Medical and sanitary report of the native army of Madras for the year
Year: 1878
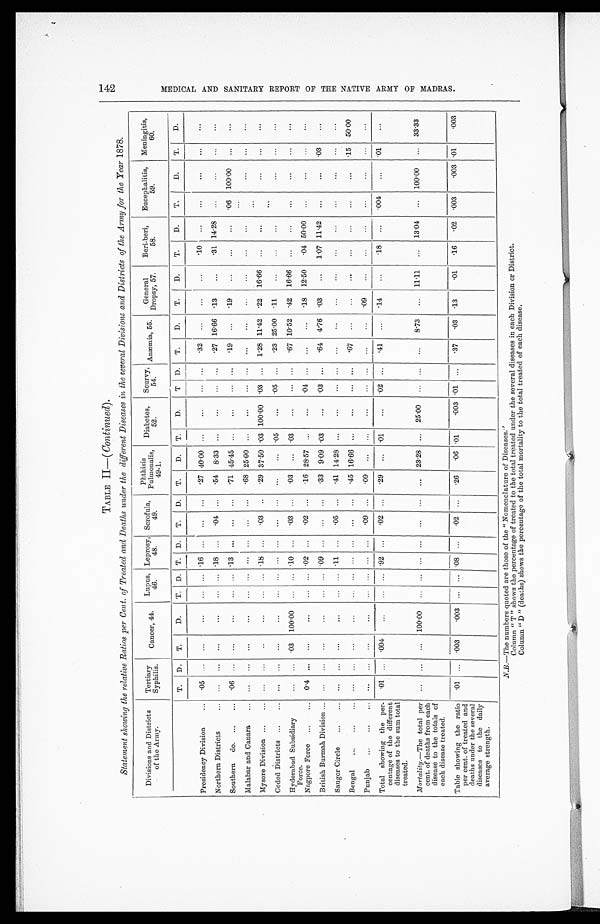
TABLE II—( Continued).
Statement showing the relative Ratios per Cent. of Treated and Deaths under the different Diseases in the several Divisions and Districts of the Army for the Year 1878.
Divisions and Districts
of the Army.
Tertiary
Syphilis.
Cancer, 44.
Lupus,
46.
Leprosy,
48.
Scrofula,
49.
Phthisis
Pulmonalis
49-1.
Diabetes,
52.
Scurvy,
54.
Anæmia, 55.
General
Dropsy, 57.
Beri-beri,
58.
Eucephalitis,
59.
Meningitis,
60.
T. D.
T.
D.
T. D. T. D.
T.
D.
T.
D.
T.
D.
T. D.
T.
D.
T.
D.
T.
D.
T.
D.
T.
D.
Presidency Division . . .
. 0 5
. . .
. . .
. . .
. . .
. . . .16
. . .
. . .
. . .
.27 40.00
. . .
. . .
. . .
. . .
. 3 2 . . .
. . .
. . .
. 1 0
. . .
. . .
. . .
. . .
. . .
Northern Districts . . .
. . .
. . .
. . .
. . .
. . .
. . . .18
. . .
.04
. . .
.54 8.33
. . .
. . .
. . . . . .
. 2 7 16.66 .13
. . .
31 14.28
. . .
. . .
. . .
. . .
Southern do.
. . . .06
. . .
. . .
. . .
. . .
. . . .13
. . .
. . .
. . .
. 7 1
4 5 . 4 5
. . .
. . .
. . .
. . .
.19. . .
. 1 9
. . . . . .
. . .
.06 100.00
. . .
. . .
Malabar and Canara . . .
. . .
. . .
. . .
. . .
. . .
. . . . . .
. . .
. . .
. . .
. 6 8 25.00
. . .
. . .
. . .
. . .
. . .. . .
. . .
. . .
. . .
. . .
. . .
. . . . . .
. . .
Mysore Division . . .
. . .
. . .
. . .
. . .
. . .
. . . .18
. . .
.03
. . .
.29 37.50 .03 100.00 .03
. . . 1.28 11.42 .22 16.66
. . .
. . .
. . .
. . .
. . .
. . .
Ceded Districts . . .
. . .
. . .
. . .
. . .
. . .
. . . . . .
. . .
. . .
. . .
. . .
. . . .05
. . . .05
. . .
. 2 3 25.00 .11
. . .
. . .
. . .
. . .
. . .
. . .
. . .
Hyderabad Subsidiary
Force.
. . .
. . . .03 100.00
. . .
. . . .10
. . .
. 0 3
. . .
.03
. . . .03
. . .
. . . . . .
. 6 7 10.52 .42 16.66
. . .
. . .
. . .
. . .
. . .
. . .
Nagpore Force . . . 0.4
. . .
. . .
. . .
. . .
. . . .02
. . .
. 0 2
. . .
.16 28.57
. . .
. . .
. 0 4 . . .
. . .
. . .
. 1 8
12.50
.04 50.00
. . .
. . .
. . .
. . .
British Burmah Division . . .
. . .
. . .
. . .
. . .
. . .
. . . .09
. . .
. . .
. . .
.33 9.09
. 0 3
. . . .03
. . .
. 6 4 4.76 .03
. . .
1.07 11.42
. . .
. . . .03
. . .
Saugor Circle . . .
. . .
. . .
. . .
. . .
. . .
. . . .11
. . .
.05
. . .
.41 14.28
. . .
. . .
. . .
. . .
. . .
. . .
. . .
. . .
. . .
. . .
. . .
. . .
. . .
Bengal . . .
. . .
. . .
. . .
. . .
. . .
. . . . . .
. . .
. . .
. . .
.45 16.66
. . .
. . .
. . .
. . .
. 6 7 . . .
. . .
. . .
. . .
. . .
. . .
. . . .15
50.00
Punjab . . .
. . .
. . .
. . .
. . .
. . .
. . . . . .
. . .
. 0 9
. . .
.09
. . .
. . .
. . .
. . . . . .
. . .
. . .
.09
. . .
. . .
. . .
. . .
. . .
. . .
. . .
Total showing the per-
centage of the different
diseases to the sum total
treated.
. 0 1
. . .
. 0 0 4
. . .
. . .
. . . .92
. . .
.02
. . .
.29
. . . .01
. . . .02
. . .
. 4 1
. . .
. 1 4
. . .
. 1 8
. . . .004
. . . .01
. . .
M o r t a l i t y .—
T h e t o t a l
p e r
cent. of deaths from each
disease to the totals of
each disease treated.
. . .
. . .
. . .
100.00
. . .
. . .
. . .
. . .
. . .
. . .
. . .
23.28
. . . 25.00
. . .
. . .
. . .
8.73
. . .
11.11
. . .
13.04
. . .
100.00
. . .
33.33
Table showing the ratio
per cent. of treated and
deaths under the several
diseases to the daily
average strength.
. 0 1
. . .
. 0 0 3
.003
. . .
. . . .08
. . .
. 0 2
. . .
.26
.06 .01
. 0 0 3 .01
. . .
. 3 7
. 03 .13
. 0 1
. 1 6
. 0 2
.003
. 0 0 3 .01
. 0 0 3
N.B.—The numbers quoted are those of the "Nomenclature of Diseases."
Column " T " shows the percentage of treated to the total treated under the several diseases in each Division or District.
Column "D " (deaths) shows the percentage of the total mortality to the total treated of each disease.
M E D I C A L A N D S A N I T A R Y R E P O R T O F T H E N A T I V E A R M Y O F M A D R A S .